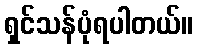
ရှင်သန်ပုံရပါတယ်။